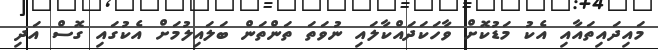
މައިދައިތައާއި އެކު މަޑުކޮށް ވާހަކަދައްކާލައި ނުވަތަ ތަންތަން ބަލައިލުމަށް އެކުގައި ގޮސް އަދި